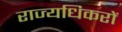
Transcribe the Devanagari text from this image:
राज्यधिकरों